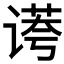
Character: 𰵻